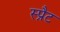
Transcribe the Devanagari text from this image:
स्प्रैट